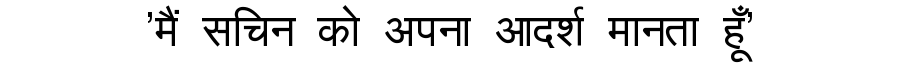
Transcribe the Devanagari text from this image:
'मैं सचिन को अपना आदर्श मानता हूँ'